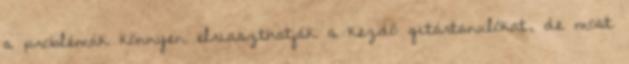
a problémák könnyen elriaszthatják a kezdő gitártanulókat, de most